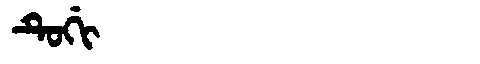
Manchu: ᡨᡠᡤᡳ
Romanization: TUGI